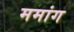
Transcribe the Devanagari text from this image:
ममांग